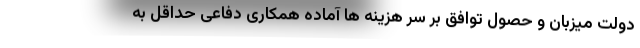
دولت میزبان و حصول توافق بر سر هزینه ها آماده همکاری دفاعی حداقل به